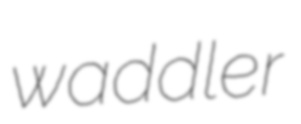
waddler